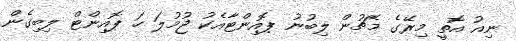
ނިއު އޮތީ މިރޭގެ މެޗުން ލިބުނު ޕޮއިންޓާއެކު ޖުމުލަ ހަ ޕޮއިންޓް ލިބިގެން